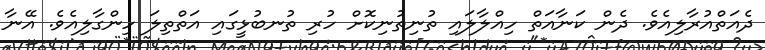
ދެއަތްއުރާލިއެވެ. ދެން ކަނާއަތް ހިއްލާލައި ތުނިތުނިކޮށް ހުރި ތުނބުޅީގައި އަތްތިލަ ހިންގާލިއެވެ. އޭނާ